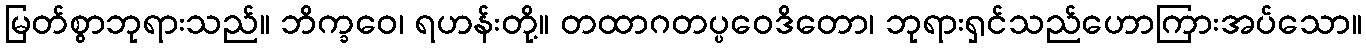
မြတ်စွာဘုရားသည်။ ဘိက္ခဝေ၊ ရဟန်းတို့။ တထာဂတပ္ပဝေဒိတော၊ ဘုရားရှင်သည်ဟောကြားအပ်သော။